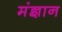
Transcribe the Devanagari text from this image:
मंज्ञान